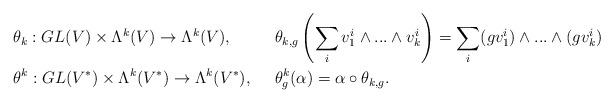
LaTeX: \begin{align*}&\theta_k:GL(V)\times \Lambda^k(V)\to \Lambda^k(V),&~~&\theta_{k,g}\left(\sum_iv_1^i\wedge ...\wedge v_k^i\right)=\sum_i(gv_1^i)\wedge ...\wedge (gv_k^i)\\ &\theta^k:GL(V^*)\times \Lambda^k(V^*)\to \Lambda^k(V^*), &~~&\theta^k_g(\alpha)=\alpha\circ \theta_{k,g}.\end{align*}